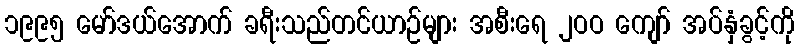
၁၉၉၅ မော်ဒယ်အောက် ခရီးသည်တင်ယာဉ်များ အစီးရေ ၂ဝဝ ကျော် အပ်နှံခွင့်ကို